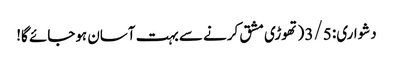
دشواری: 3/5 (تھوڑی مشق کرنے سے بہت آسان ہوجائے گا!